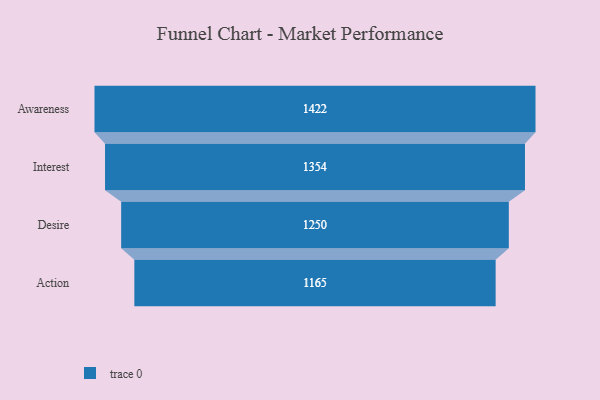
{"axis": {"x": "Stage", "y": "Value"}, "legend": [""], "data": [{"x": "Awareness", "y": 1422.0, "type": ""}, {"x": "Interest", "y": 1354.0, "type": ""}, {"x": "Desire", "y": 1250.0, "type": ""}, {"x": "Action", "y": 1165.0, "type": ""}]}